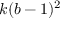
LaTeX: k ( b - 1 ) ^ { 2 }